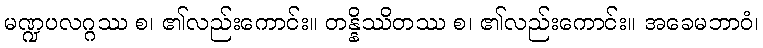
မဏ္ဍပလဂ္ဂဿ စ၊ ၏လည်းကောင်း။ တန္နိဿိတဿ စ၊ ၏လည်းကောင်း။ အခေမဘာဝံ၊